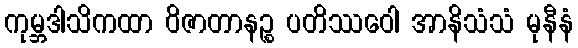
ကုမ္ဘဒါသိကထာ ဝိဇာတာနဉ္စ ပတိဿဝေါ အာနိသံသံ မုနီနံ